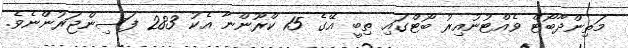
މަތިންދާބޯޓް ވެއްޓުނުއިރު ބޯޓްގައި ތިބީ އޭގެ 15 ކްރޫންނާ އެކު 283 ފަސިންޖަރުންނެވެ.